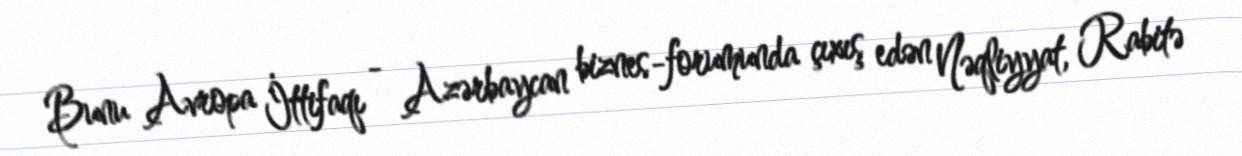
Bunu Avropa İttifaqı - Azərbaycan biznes-forumunda çıxış edən Nəqliyyat, Rabitə